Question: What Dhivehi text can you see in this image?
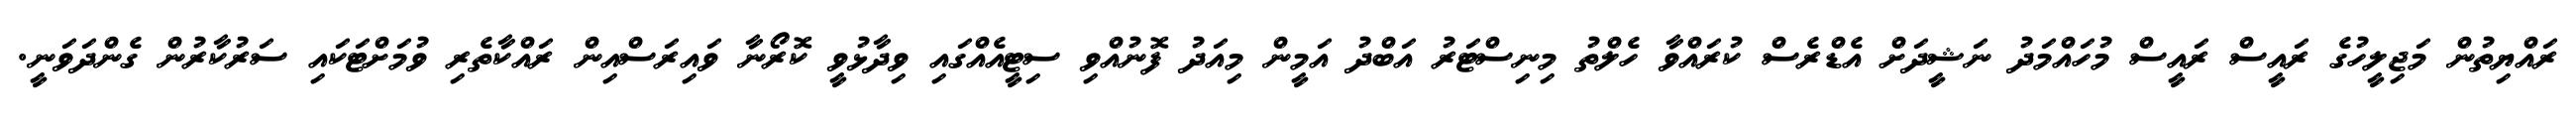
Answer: ރައްޔިތުން މަޖިލީހުގެ ރައީސް ރައީސް މުހައްމަދު ނަޝީދަށް އެޑްރެސް ކުރައްވާ ހެލްތު މިނިސްޓަރު އަބްދު އަމީން މިއަދު ފޮނުއްވި ސިޓީއެއްގައި ވިދާޅުވީ ކޮރޯނާ ވައިރަސްއިން ރައްކާތެރި ވުމަށްޓަކައި ސަރުކާރުން ގެންދަވަނީ.